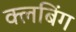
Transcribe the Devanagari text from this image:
क्लबिंग